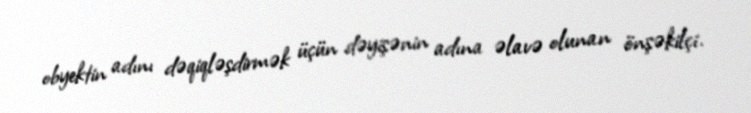
obyektin adını dəqiqləşdirmək üçün dəyişənin adına əlavə olunan önşəkilçi.